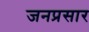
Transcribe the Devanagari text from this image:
जनप्रसार